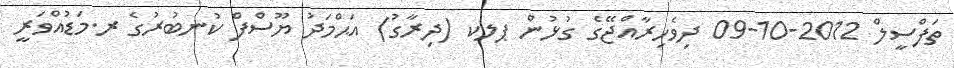
ތަފްސީލް 2012-10-09 ދިވެހިރާއްޖޭގެ ގުޅުން ޕލކ (ދިރާގު) އަޙްމަދު ޔޫސްފް ކުނބުރުގެ ރ.މަޑުއްވަރީ